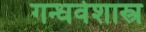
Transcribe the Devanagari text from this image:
गन्धर्वशास्त्र